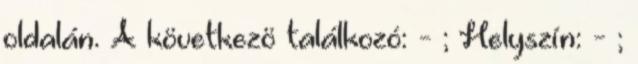
oldalán. A következö találkozó: - ; Helyszín: - ;